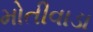
મોતીવાડા